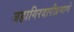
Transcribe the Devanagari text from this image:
जहागिरदारीप्रमाणे